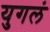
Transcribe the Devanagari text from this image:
युगलं